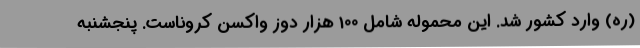
(ره) وارد کشور شد. این محموله شامل 100 هزار دوز واکسن کروناست. پنجشنبه